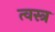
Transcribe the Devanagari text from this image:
त्वस्त्र